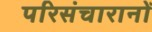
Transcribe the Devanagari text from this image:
परिसंचारानों